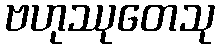
ဗဟုဿုတေသု